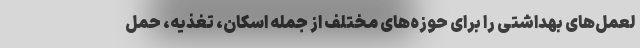
لعمل‌های بهداشتی را برای حوزه‌های مختلف از جمله اسکان‌، تغذیه، ‌حمل